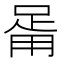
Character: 𤰉